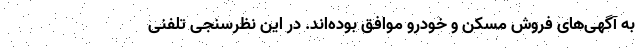
به آگهی‌های فروش مسکن و خودرو موافق بوده‌اند. در این نظرسنجی تلفنی